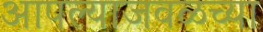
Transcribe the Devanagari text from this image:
आपल्याजवळच्या